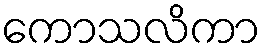
ကောသလိကာ